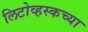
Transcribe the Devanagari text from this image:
लिटोव्हस्कच्या